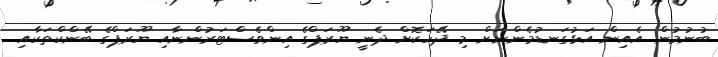
ބުނުމުން އެއިން އަޅުގަނޑުމެންނަށް މި ދޭހަކޮށް ދެނީ ޔޫރަޕްގެ އިންވެސްޓަރުންނާއި ޔޫރަޕްގެ ބޭންކްތަކާއި